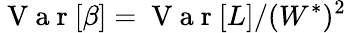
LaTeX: \mathrm{~V~a~r~}[\beta]=\mathrm{~V~a~r~}[L]/(W^{*})^{2}